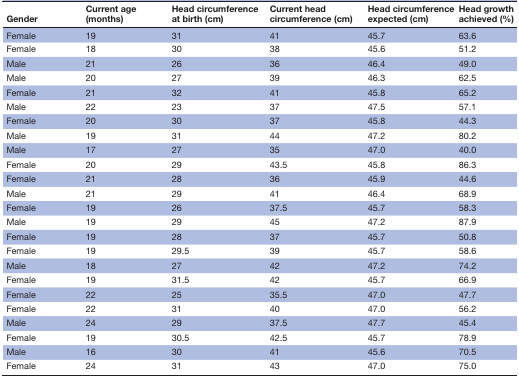
<table><thead><tr><td><b>Gender</b></td><td><b>Current age (months)</b></td><td><b>Head circumference at birth (cm)</b></td><td><b>Current head circumference (cm)</b></td><td><b>Head circumference expected (cm)</b></td><td><b>Head growth achieved (%)</b></td></tr></thead><tbody><tr><td>Female</td><td>19</td><td>31</td><td>41</td><td>45.7</td><td>63.6</td></tr><tr><td>Female</td><td>18</td><td>30</td><td>38</td><td>45.6</td><td>51.2</td></tr><tr><td>Male</td><td>21</td><td>26</td><td>36</td><td>46.4</td><td>49.0</td></tr><tr><td>Male</td><td>20</td><td>27</td><td>39</td><td>46.3</td><td>62.5</td></tr><tr><td>Female</td><td>21</td><td>32</td><td>41</td><td>45.8</td><td>65.2</td></tr><tr><td>Male</td><td>22</td><td>23</td><td>37</td><td>47.5</td><td>57.1</td></tr><tr><td>Female</td><td>20</td><td>30</td><td>37</td><td>45.8</td><td>44.3</td></tr><tr><td>Male</td><td>19</td><td>31</td><td>44</td><td>47.2</td><td>80.2</td></tr><tr><td>Male</td><td>17</td><td>27</td><td>35</td><td>47.0</td><td>40.0</td></tr><tr><td>Female</td><td>20</td><td>29</td><td>43.5</td><td>45.8</td><td>86.3</td></tr><tr><td>Female</td><td>21</td><td>28</td><td>36</td><td>45.9</td><td>44.6</td></tr><tr><td>Male</td><td>21</td><td>29</td><td>41</td><td>46.4</td><td>68.9</td></tr><tr><td>Female</td><td>19</td><td>26</td><td>37.5</td><td>45.7</td><td>58.3</td></tr><tr><td>Male</td><td>19</td><td>29</td><td>45</td><td>47.2</td><td>87.9</td></tr><tr><td>Female</td><td>19</td><td>28</td><td>37</td><td>45.7</td><td>50.8</td></tr><tr><td>Female</td><td>19</td><td>29.5</td><td>39</td><td>45.7</td><td>58.6</td></tr><tr><td>Male</td><td>18</td><td>27</td><td>42</td><td>47.2</td><td>74.2</td></tr><tr><td>Female</td><td>19</td><td>31.5</td><td>42</td><td>45.7</td><td>66.9</td></tr><tr><td>Female</td><td>22</td><td>25</td><td>35.5</td><td>47.0</td><td>47.7</td></tr><tr><td>Female</td><td>22</td><td>31</td><td>40</td><td>47.0</td><td>56.2</td></tr><tr><td>Male</td><td>24</td><td>29</td><td>37.5</td><td>47.7</td><td>45.4</td></tr><tr><td>Female</td><td>19</td><td>30.5</td><td>42.5</td><td>45.7</td><td>78.9</td></tr><tr><td>Male</td><td>16</td><td>30</td><td>41</td><td>45.6</td><td>70.5</td></tr><tr><td>Female</td><td>24</td><td>31</td><td>43</td><td>47.0</td><td>75.0</td></tr></tbody></table>